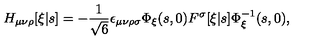
H _ { \mu \nu \rho } [ \xi | s ] = - \frac { 1 } { \sqrt { 6 } } \epsilon _ { \mu \nu \rho \sigma } \Phi _ { \xi } ( s , 0 ) F ^ { \sigma } [ \xi | s ] \Phi _ { \xi } ^ { - 1 } ( s , 0 ) ,